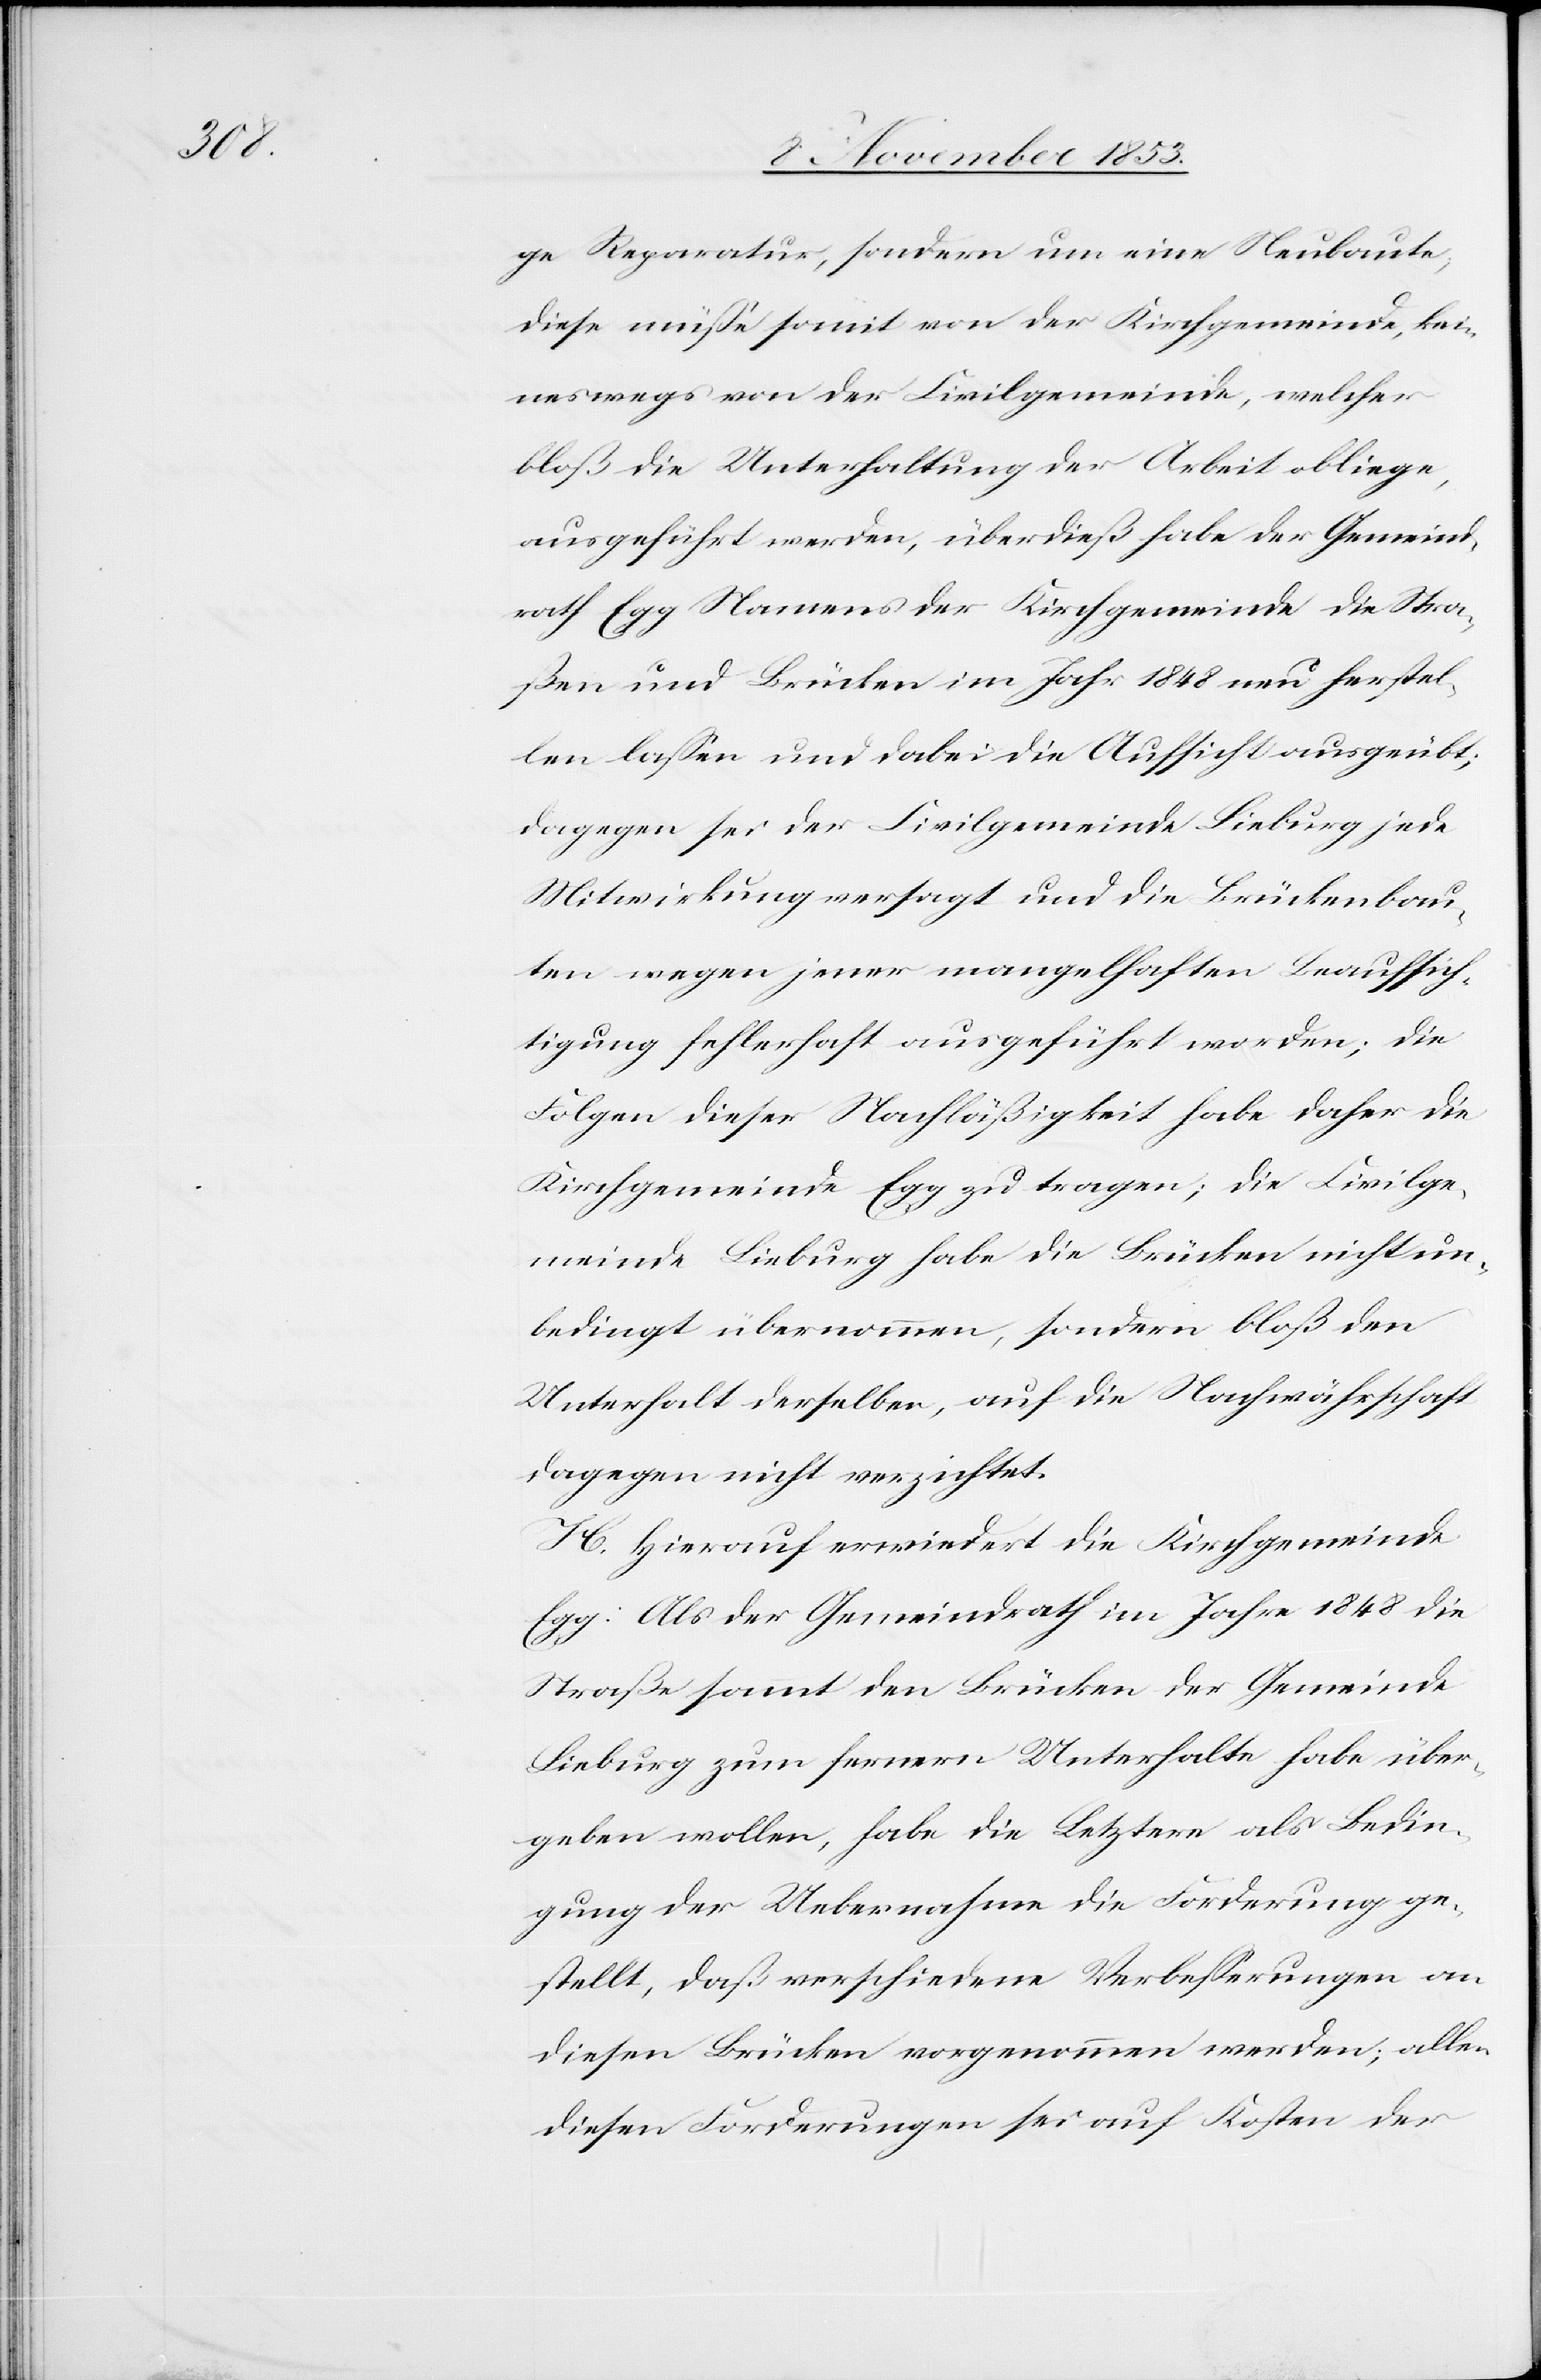
ge Reparatur, sondern um eine Neubaute,
diese müße somit von der Kirchgemeinde, kei¬
neswegs von der Civilgemeinde, welcher
bloß die Unterhaltung der Arbeit obliege,
ausgeführt werden, überdieß habe der Gemeind¬
rath Egg Namens der Kirchgemeinde die Stra¬
ßen und Brücken im Jahr 1848 neu herstel¬
len laßen und dabei die Aufsicht ausgeübt;
dagegen sei der Civilgemeinde Lieburg jede
Mitwirkung versagt und die Brückenbau¬
ten wegen jener mangelhaften Beaufsich¬
tigung fehlerhaft ausgeführt worden; die
Folgen dieser Nachläßigkeit habe daher die
Kirchgemeinde Egg zu tragen; die Civilge¬
meinde Lieburg habe die Brücken nicht un¬
bedingt übernommen, sondern bloß den
Unterhalt derselben, auf die Nachwährschaft
dagegen nicht verzichtet.
H. Hierauf erwiedert die Kirchgemeinde
Egg: Als der Gemeindrath im Jahre 1848 die
Straße sammt den Brücken der Gemeinde
Lieburg zum fernern Unterhalte habe über¬
geben wollen, habe die Letztere als Bedin¬
gung der Uebernahme die Forderung ge¬
stellt, daß verschiedene Verbeßerungen an
diesen Brücken vorgenommen werden; allen
diesen Forderungen sei auf Kosten der